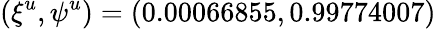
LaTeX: (\xi^{u},\psi^{u})=(0.00066855,0.99774007)